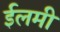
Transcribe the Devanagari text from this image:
ईलमी